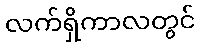
လက်ရှိကာလတွင်